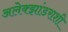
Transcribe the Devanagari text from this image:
अलेक्झांडराशी